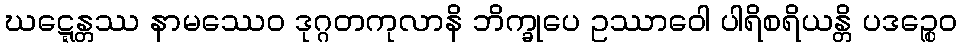
ဃဋ္ဋေန္တဿ နာမဿေဝ ဒုဂ္ဂတကုလာနိ ဘိက္ခုပေ ဥဿာဝေါ ပါရိစရိယန္တိ ပဒဉ္စေဝ